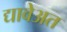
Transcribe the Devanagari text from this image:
द्यावेअत